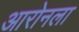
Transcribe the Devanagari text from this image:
आरोनला